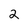
Character: 2